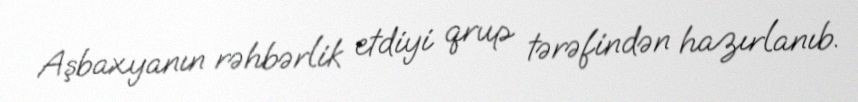
Aşbaxyanın rəhbərlik etdiyi qrup tərəfindən hazırlanıb.